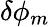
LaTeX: \delta\phi_{m}